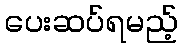
ပေးဆပ်ရမည့်